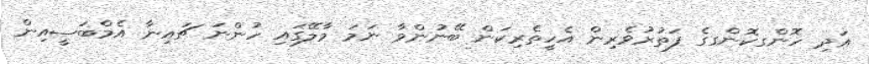
އަދި ހޮންގކޮންގގެ ފަތުރުވެރިން އެހީތެރިކަން ބޭނުންވާ ނަމަ މާލޭގައި ހުންނަ ޗައިނާ އެމްބަސީއިން